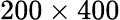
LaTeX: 200\times 400